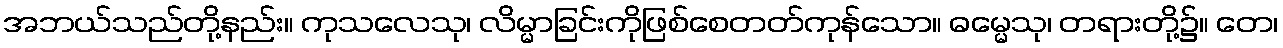
အဘယ်သည်တို့နည်း။ ကုသလေသု၊ လိမ္မာခြင်းကိုဖြစ်စေတတ်ကုန်သော။ ဓမ္မေသု၊ တရားတို့၌။ တေ၊